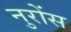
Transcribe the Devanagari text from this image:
नुरोंस